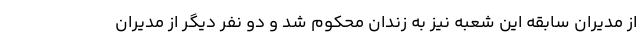
از مدیران سابقه این شعبه نیز به زندان محکوم شد و دو نفر دیگر از مدیران